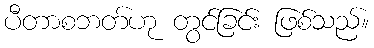
ပီတာစဘတ်ဟု တွင်ခြင်း ဖြစ်သည်။